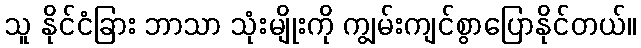
သူ နိုင်ငံခြား ဘာသာ သုံးမျိုးကို ကျွမ်းကျင်စွာပြောနိုင်တယ်။